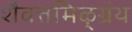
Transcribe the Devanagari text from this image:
शैवत्तमिऴ्‌ग्रंथ